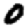
Digit: 0